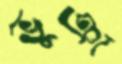
ভুঞা